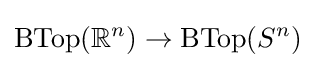
\operatorname {BTop} (\mathbb {R} ^{n})\to \operatorname {BTop} (S^{n})